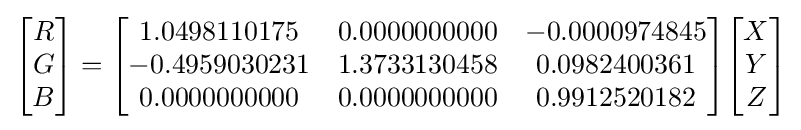
{\begin{bmatrix}R\\G\\B\end{bmatrix}}={\begin{bmatrix}1.0498110175&0.0000000000&-0.0000974845\\-0.4959030231&1.3733130458&0.0982400361\\0.0000000000&0.0000000000&0.9912520182\end{bmatrix}}{\begin{bmatrix}X\\Y\\Z\end{bmatrix}}